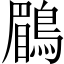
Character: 鶥